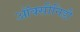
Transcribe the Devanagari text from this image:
ऑक्सीनिडी